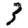
Digit: 3